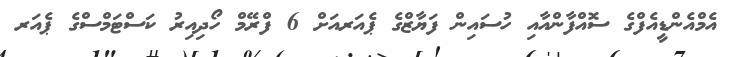
އެމްއެންޑީއެފްގެ ސޮއްފާންއާއި ހުސައިން ފަޔާޒްގެ ޕެއަރއަށް 6 ފްރޭމް ހޯދިއިރު ކަސްޓަމްސްގެ ޕެއަރ